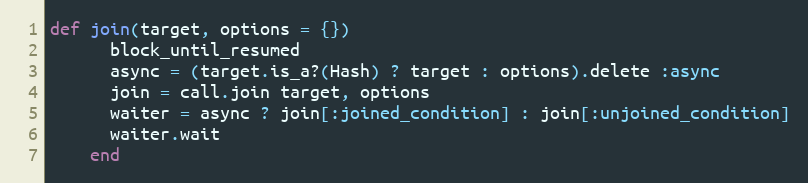
Language: Ruby
def join(target, options = {})
      block_until_resumed
      async = (target.is_a?(Hash) ? target : options).delete :async
      join = call.join target, options
      waiter = async ? join[:joined_condition] : join[:unjoined_condition]
      waiter.wait
    end